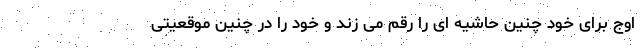
اوج برای خود چنین حاشیه ای را رقم می زند و خود را در چنین موقعیتی